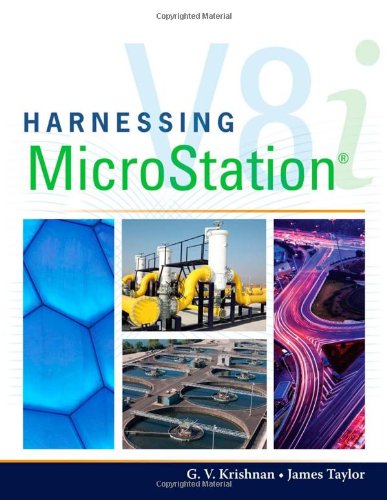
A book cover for Harnessing MicroStation V8I; G.V. Krishnan; Computers & Technology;